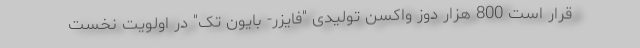
قرار است 800 هزار دوز واکسن تولیدی "فایزر- بایون تک" در اولویت نخست